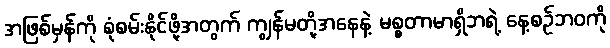
အဖြစ်မှန်ကို စုံစမ်းနိုင်ဖို့အတွက် ကျွန်မတို့အနေနဲ့ မစ္စတာမာရှိဘရဲ့ နေ့စဉ်ဘဝကို